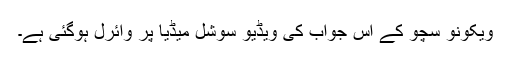
ویکونو سچو کے اِس جواب کی ویڈیو سوشل میڈیا پر وائرل ہوگئی ہے۔